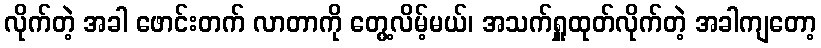
လိုက်တဲ့ အခါ ဖောင်းတက် လာတာကို တွေ့လိမ့်မယ်၊ အသက်ရှူထုတ်လိုက်တဲ့ အခါကျတော့